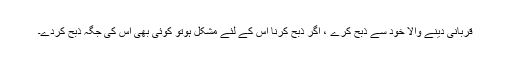
قربانی دینے والا خود سے ذبح کرے ، اگر ذبح کرنا اس کے لئے مشکل ہوتو کوئی بھی اس کی جگہ ذبح کردے۔